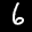
Label: 6